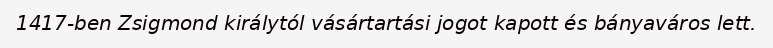
1417-ben Zsigmond királytól vásártartási jogot kapott és bányaváros lett.